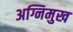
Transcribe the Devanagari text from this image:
अग्निमुख